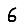
Digit: 6